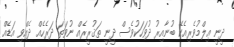
ދީނީ ޢިލްމުވެރިއެކޭ ބުނާއިރު ދުވަހަކުވެސް ދީނީ ތަޤުރީރެއް ނުވަތަ ދަރެހެއް ދެއްވި އަޑެއް